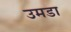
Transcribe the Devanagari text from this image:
उमडा